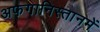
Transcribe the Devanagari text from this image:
अफगानिस्तानमें